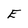
Character: E